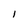
Character: I